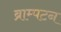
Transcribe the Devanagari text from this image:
ब्राम्पटन